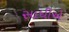
સાધીએ